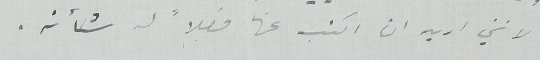
لانني اريد ان اكتب عنها فصلاً له شأنه.